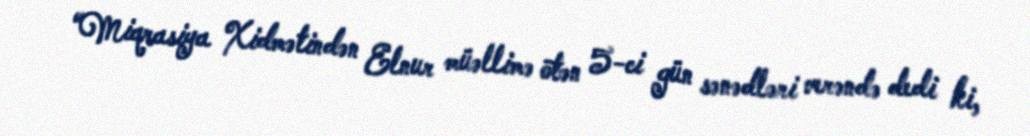
“Miqrasiya Xidmətindən Elnur müəllimə ötən 5-ci gün sənədləri verəndə dedi ki,